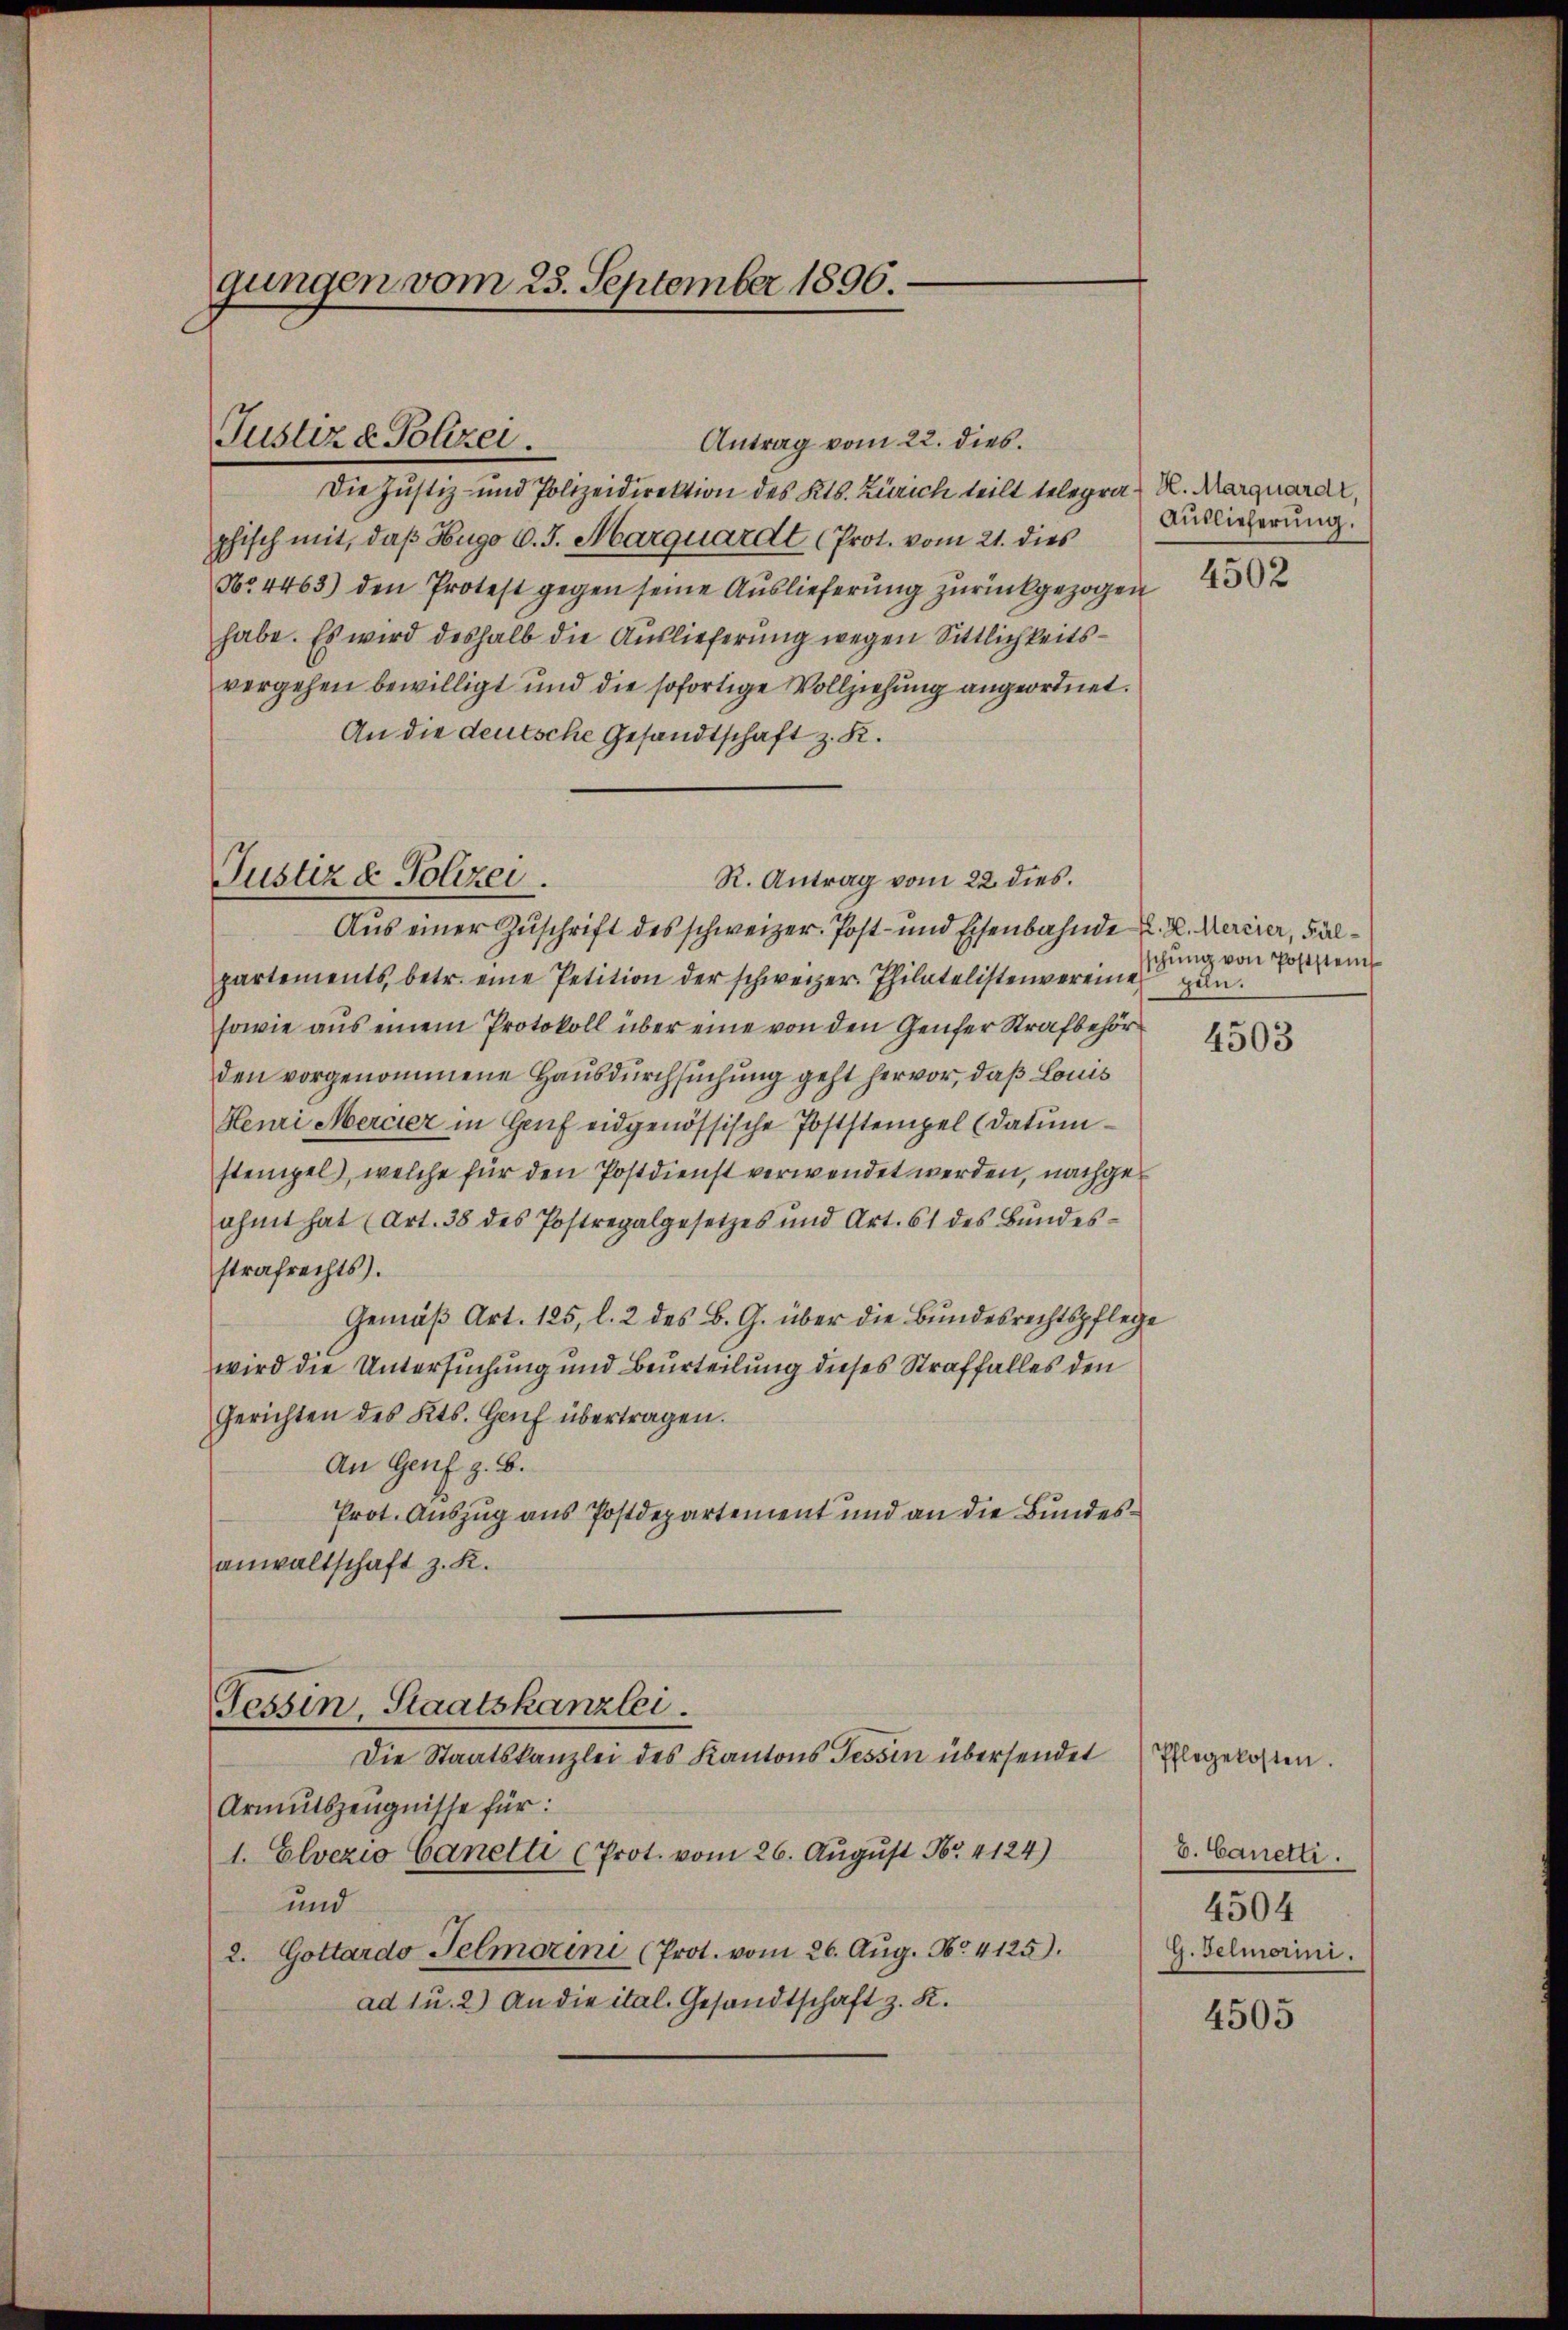
gungen vom 23. September 1896.

Antrag vom 22. dies
Die Justiz- und Polizeidirektion des Kts. Zürich teilt telegras K. Marquard,
phisch mit, daß Hugo v. J. Marquardt (Prot. vom 21. dies
No 4463) den Protest gegen seine Auslieferung zurückgezogen
habe. Es wird deshalb die Auslieferung wegen Sittlichkeitsvergehen bewilligt und die sofortige Vollziehung angeordnet.
An die deutsche Gesandtschaft z. R.
R. Antrag vom 22. dies.
Aus einer Zuschrift des schweizer. Post- und Eisenbahnde Z. Z. Mercier, Fälpartements, betr. eine Petition der schweizer. Philatelistenvereine gen.
sowie aus einem Protokoll über eine von den Genfer Strafbehörden vorgenommene Hausdurchsuchung geht hervor, daß Louis
Henri Mercier in Genf eidgenössische Poststempel (Datum
stempel, welche für den Postdienst verwendet werden, nachgeahmt hat (Art. 38 des Postregalgesetzes und Art. 61 des Bŭndes-
strafrechts).
Gemäβ Art. 125, l. 2 des B. G. über die Bundesrechtspflege
wird die Untersuchung und Beurteilung dieses Straffalles den
Gerichten des Kts. Genf übertragen.
An Genf z. B.
Prot. Auszug aus Postdepartement und an die Bundesanwaltschaft z. K.
Tessin, Staatskanzlei.
Die Staatskanzlei des Kantons Tessin übersendet
Armutszeugnisse für:
1. Elvezio Canelli (Prot. vom 26. Aŭgŭst Nr. 4124)
und
2. Gottardo Telmorini (Prot. vom 26. Aŭg. No. 4125).
ad u. 2) An die ital. Gesandtschaft z. K.

Justiz & Polizei

Justiz & Polizei.

Auslieferung.

4502

schung von Poststein

4503

Pflegekosten.
b. Canetti.
4504
G. Gelmorini.

4505